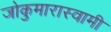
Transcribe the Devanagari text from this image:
जोकुमारास्वामी